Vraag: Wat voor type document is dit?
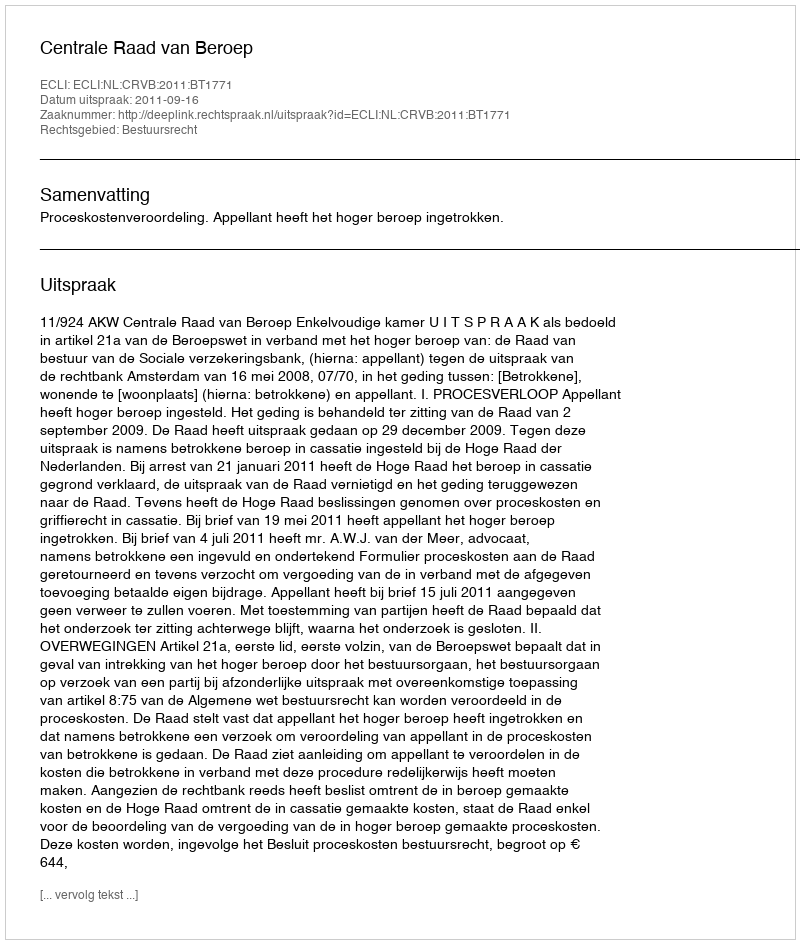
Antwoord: Uitspraak